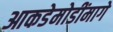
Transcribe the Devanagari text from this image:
आकडेमोडींमागे